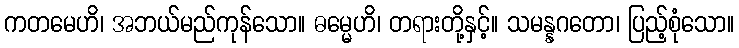
ကတမေဟိ၊ အဘယ်မည်ကုန်သော။ ဓမ္မေဟိ၊ တရားတို့နှင့်။ သမန္နဂတော၊ ပြည့်စုံသော။